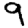
Digit: 9